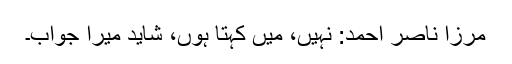
مرزا ناصر احمد: نہیں، میں کہتا ہوں، شاید میرا جواب۔